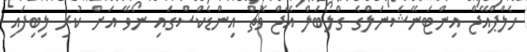
ހެލްޕްއޭޖް އިންޓަނޭޝަނަލްގެ ގްލޯބަލް އޭޖް ވޮޗް އިންޑެކްސްގައި ނޯވޭ އަށް ކުރި ލިބިފައި